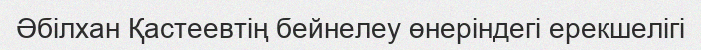
Әбілхан Қастеевтің бейнелеу өнеріндегі ерекшелігі